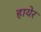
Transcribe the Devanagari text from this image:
हायेर